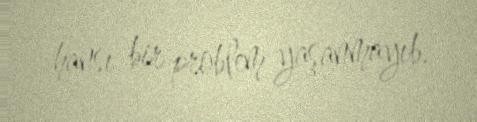
hansı bir problem yaşanmayıb.